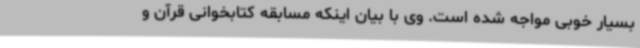
بسیار خوبی مواجه شده است. وی با بیان اینکه مسابقه کتابخوانی قرآن و